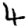
Digit: 4